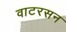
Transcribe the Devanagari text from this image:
वाटरसन